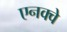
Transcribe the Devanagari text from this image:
एनक्वे